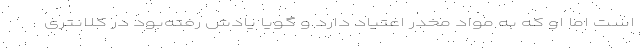
است اما او که به مواد مخدر اعتیاد دارد و گویا یادش رفته‌بود در کلانتری